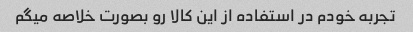
تجربه خودم در استفاده از این کالا رو بصورت خلاصه میگم